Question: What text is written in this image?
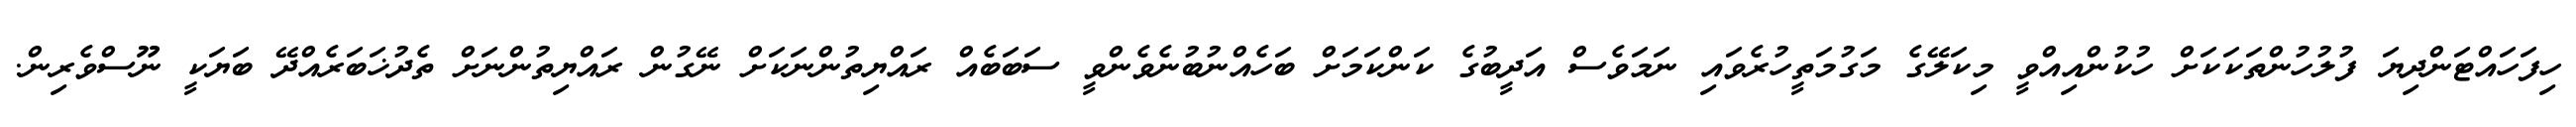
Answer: ހިފަހައްޓަންދިޔަ ފުލުހުންތަކަކަށް ހުކުންއިއްވީ މިކަލޭގެ މަގުމަތީހުރެވައި ނަމަވެސް އަދީބުގެ ކަންކަމަށް ބަހެއްނުބުނެވެންވީ ސަބަބެއް ރައްޔިތުންނަކަށް ނޭގުން ރައްޔިތުންނަށް ތެދުޚަބަރެއްދޭ ބަޔަކީ ނޫސްވެރިން.